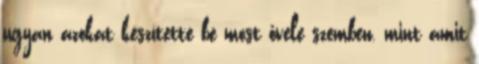
ugyan azokat készítette be most ővele szemben, mint amit